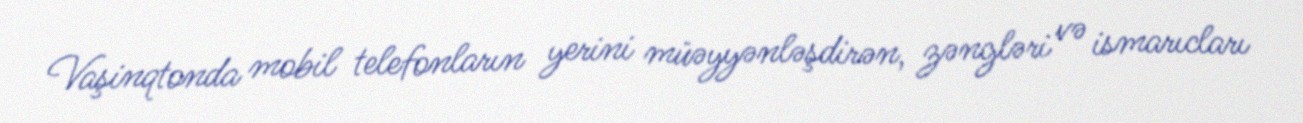
Vaşinqtonda mobil telefonların yerini müəyyənləşdirən, zəngləri və ismarıcları